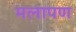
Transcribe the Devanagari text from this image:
मलापण